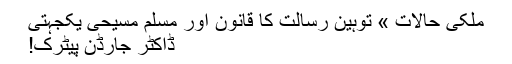
ملکی حالات » توہین رسالت کا قانون اور مسلم مسیحی یکجہتی
ڈاکٹر جارڈن پیٹرک!